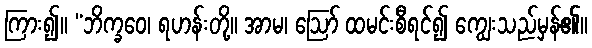
ကြား၍။ “ဘိက္ခဝေ၊ ရဟန်းတို့။ အာမ၊ ဩော် ထမင်းစီရင်၍ ကျွေးသည်မှန်၏။